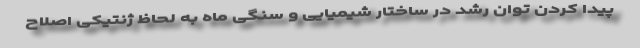
پیدا کردن توان رشد در ساختار شیمیایی و سنگی ماه به لحاظ ژنتیکی اصلاح